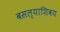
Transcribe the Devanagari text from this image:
बसल्याशिवय